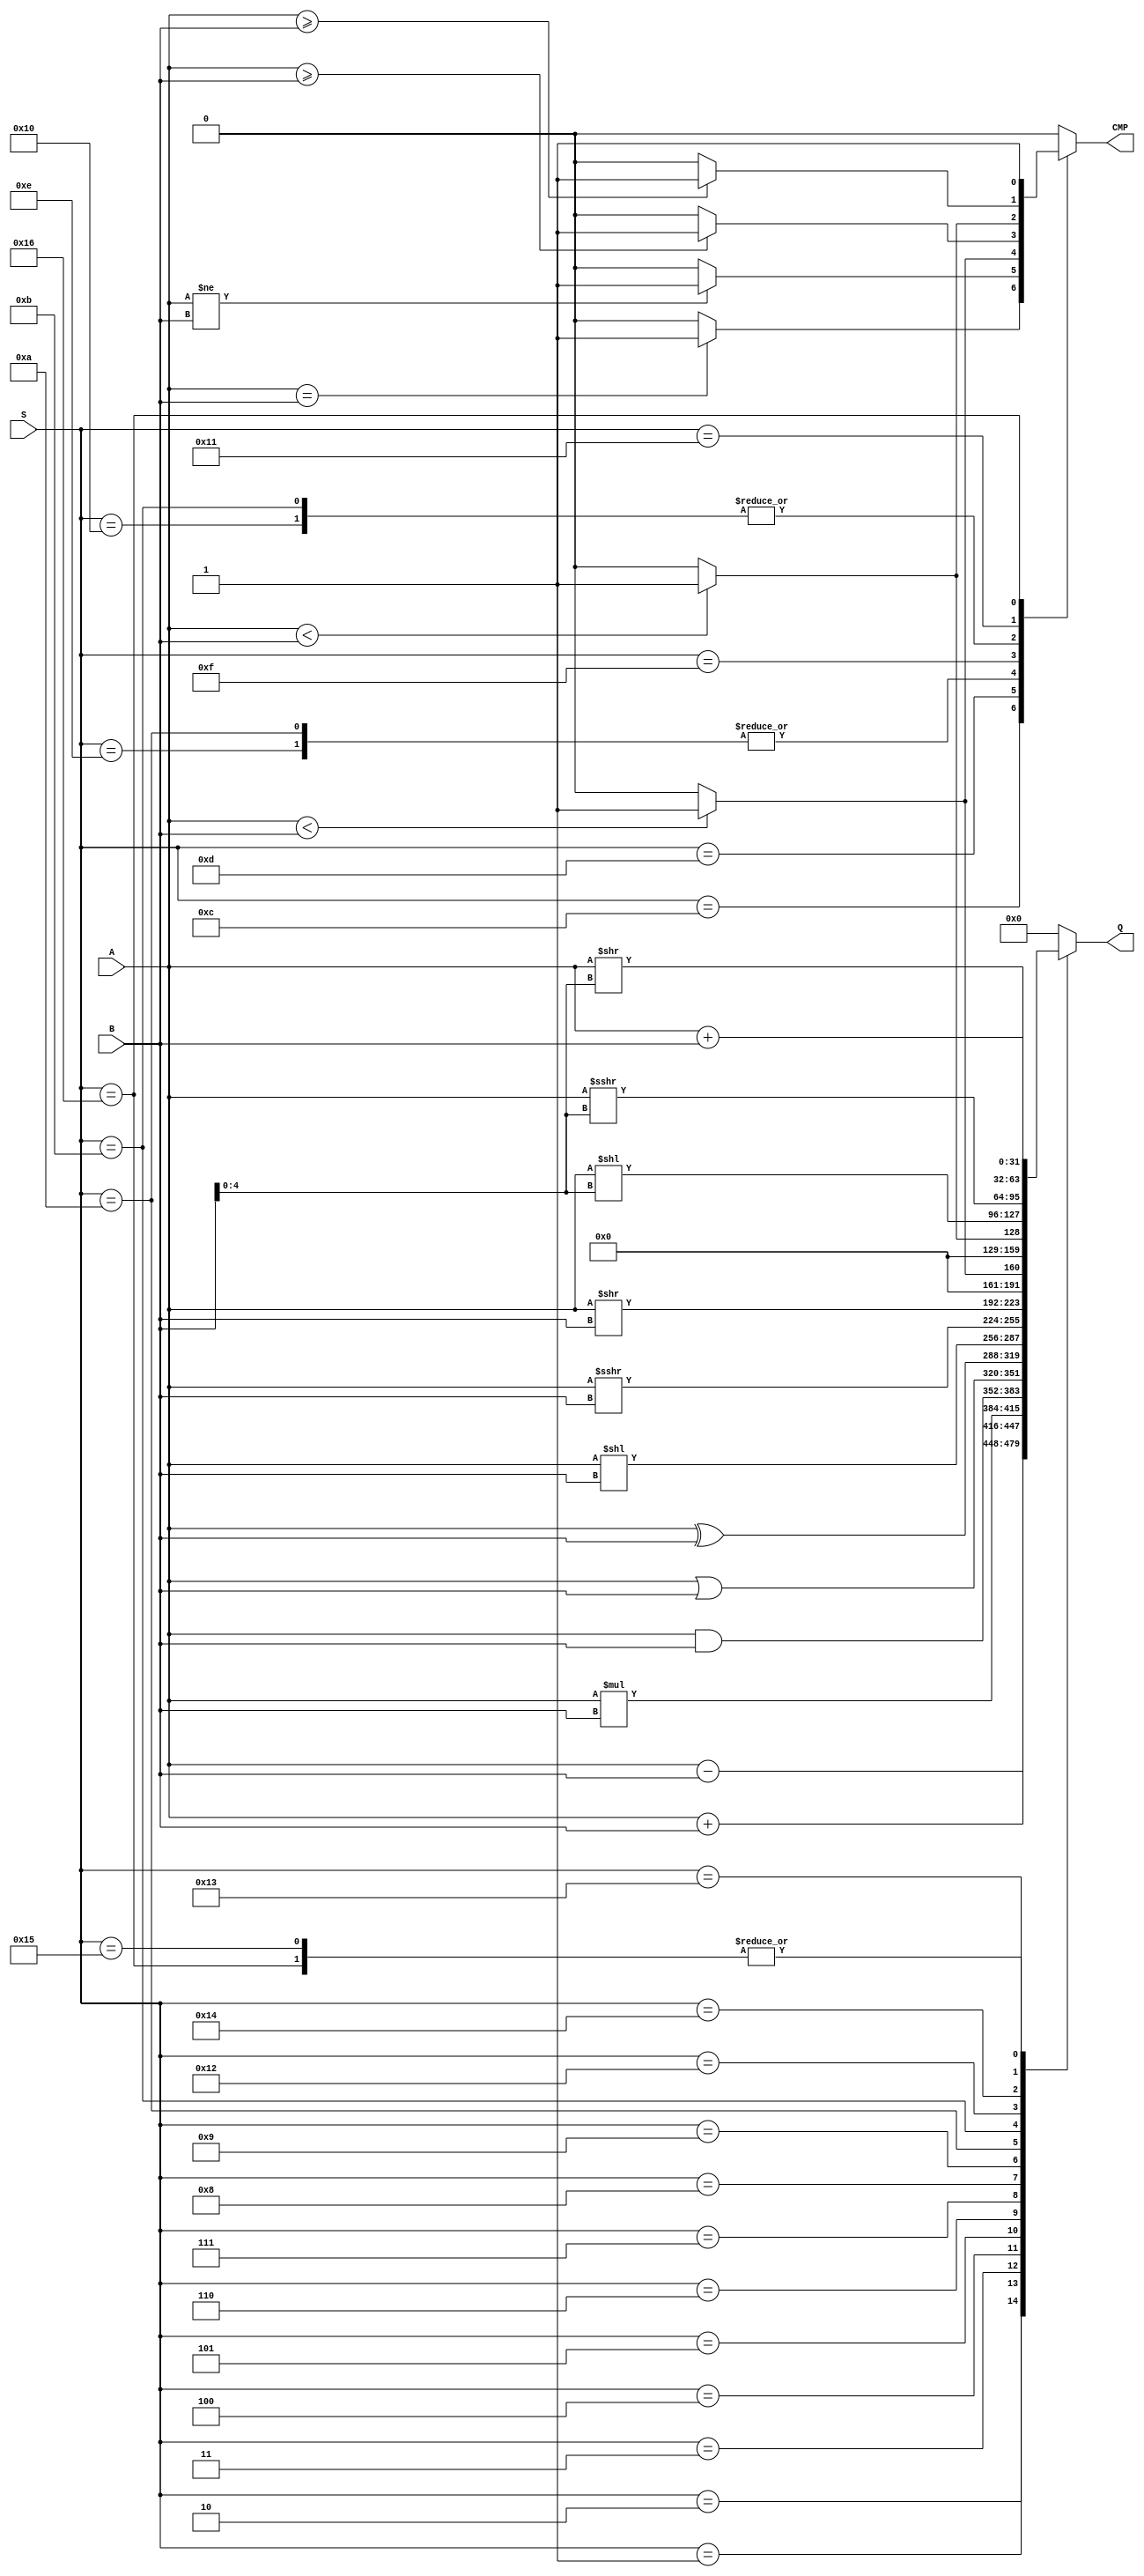
// ALU Operations

`define ADD 5'h1
`define SUB 5'h2
`define MUL 5'h3
`define AND 5'h4
`define OR 5'h5
`define XOR 5'h6
`define SLL 5'h7
`define SRA 5'h8
`define SRL 5'h9
`define SLT 5'hA
`define SLTU 5'hB

`define BEQ 5'hC
`define BNE 5'hD
`define BLT 5'hE
`define BGE 5'hF 
`define BLTU 5'h10
`define BGEU 5'h11 

`define SLLI 5'h12
`define SRLI 5'h13
`define SRAI 5'h14

`define LUI 5'h15
`define AUIPC 5'h16


module alu (
input [ 4 : 0 ] S ,
input [ 31 : 0 ] A,
input [ 31 : 0 ] B,
output reg CMP,
output reg [ 31 : 0 ] Q
);

	always @( S , A, B)

		begin

			Q=32'd0 ; CMP = 0;

			// If several cases apply, only the first case is executed

			casez ( S )

				`SUB: Q = $signed(A) - $signed(B);
				`ADD: Q = $signed(A) + $signed(B);
                `MUL: Q = $signed(A) * $signed(B);

				`AND: Q = A & B;
				`OR: Q = A | B;
				`XOR: Q = A ^ B; 

				`SLL: Q = A << B;
				`SRA: Q = $signed(A) >>> $signed(B);
				`SRL: Q = A >> B;

				`SLT: begin Q = ($signed(A) < $signed(B)) ? 32'd1 : 32'd0; 
							 CMP = ($signed(A) < $signed(B)) ? 1 : 0;
							 end 

				`SLTU: begin Q = (A < B) ? 32'd1 : 32'd0; 
				              CMP = (A < B) ? 1 : 0;
				              end

				`BEQ: CMP = (A == B) ? 1 : 0;
				`BNE: CMP = (A != B) ? 1 : 0;
				`BLT: CMP = ($signed(A) < $signed(B)) ? 1 : 0;
				`BGE: CMP = ($signed(A) >= $signed(B)) ? 1 : 0;
				`BLTU: CMP = (A < B) ? 1 : 0;
				`BGEU: CMP = (A >= B) ? 1 : 0;


				`SLLI: Q = A << B[4 : 0];
				`SRAI: Q = $signed(A) >>> $signed(B[4 : 0]);
				`SRLI: Q = A >> B[4 : 0];

				`AUIPC: begin Q = A + B;
                              CMP = 1;
				            end

				`LUI: Q = A + B;	
						  		  

			endcase

		end


endmodule